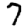
Digit: 7